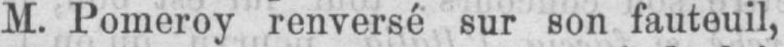
M. Pomeroy renversé sur son fauteuil,